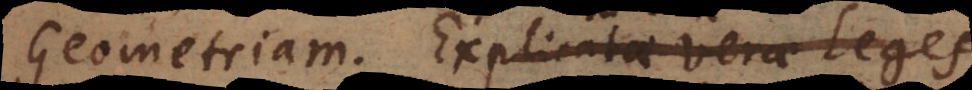
Geometriam. Explicatae verae Leges